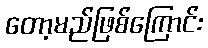
တော့မည်ဖြစ်ကြောင်း